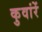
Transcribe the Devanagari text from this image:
कुवांरें